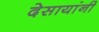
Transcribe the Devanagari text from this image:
देसायांनी